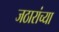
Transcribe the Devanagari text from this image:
जठारांच्या